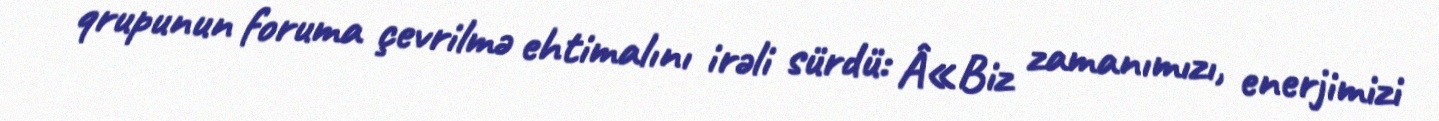
qrupunun foruma çevrilmə ehtimalını irəli sürdü: Â«Biz zamanımızı, enerjimizi